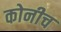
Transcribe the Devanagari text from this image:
कोनीच